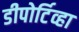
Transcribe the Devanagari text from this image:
डीपोर्टिव्हा